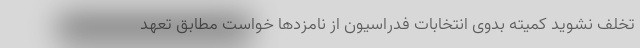
تخلف نشوید کمیته بدوی انتخابات فدراسیون از نامزدها خواست مطابق تعهد